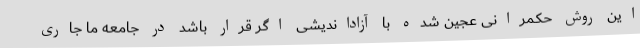
این روش حکمرانی عجین شده با آزاداندیشی اگر قرار باشد در جامعه ما جاری